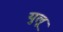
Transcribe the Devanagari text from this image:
युलू